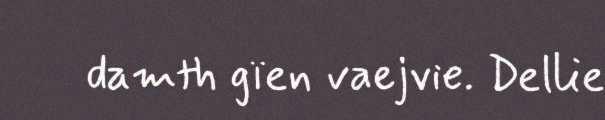
damth gïen vaejvie. Dellie